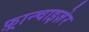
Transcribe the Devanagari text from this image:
फ़्रान्चाइज़ेर